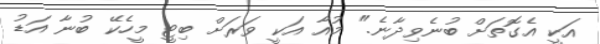
އަކީ އެގޮތަށް ބުނެވިދާނެ." މުއާ އަކީ ވަރަށް ބިޓީ މީހެކޭ ބުނާ އަޑު